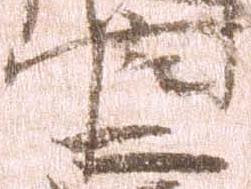
官